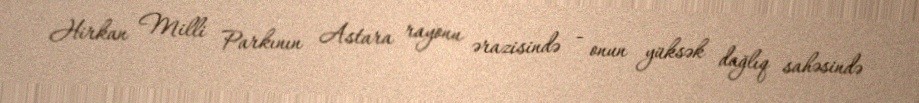
Hirkan Milli Parkının Astara rayonu ərazisində - onun yüksək dağlıq sahəsində